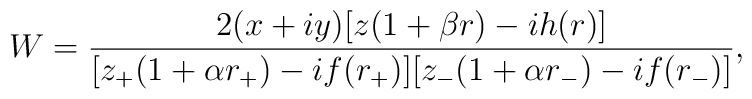
W = \frac{2(x+iy)[z(1+\beta r)-ih(r)]}           {[z_+(1+\alpha r_+)-if(r_+)] [z_-(1+\alpha r_-)-if(r_-)]},